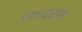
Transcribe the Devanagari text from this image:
एकाउंटस